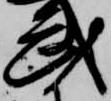
武